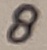
Text: 8